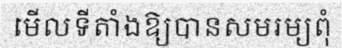
មើលទីតាំងឱ្យបានសមរម្យពុំ